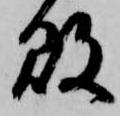
敗